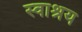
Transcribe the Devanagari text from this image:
स्वाश्रय